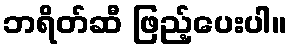
ဘရိတ်ဆီ ဖြည့်ပေးပါ။